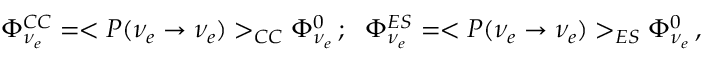
\Phi _ { \nu _ { e } } ^ { C C } = < P ( \nu _ { e } \to \nu _ { e } ) > _ { C C } \Phi _ { \nu _ { e } } ^ { 0 } \, ; ~ ~ \Phi _ { \nu _ { e } } ^ { E S } = < P ( \nu _ { e } \to \nu _ { e } ) > _ { E S } \Phi _ { \nu _ { e } } ^ { 0 } \, ,